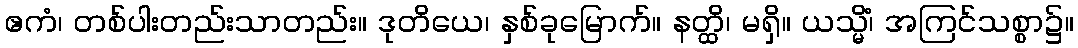
ဧကံ၊ တစ်ပါးတည်းသာတည်း။ ဒုတိယေ၊ နှစ်ခုမြောက်။ နတ္ထိ၊ မရှိ။ ယသ္မိံ၊ အကြင်သစ္စာ၌။